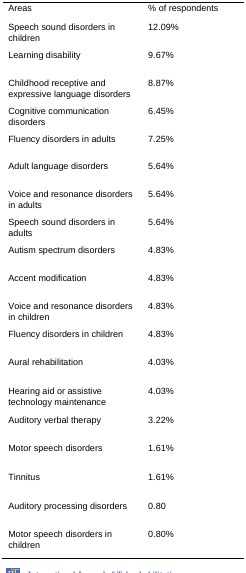
| Areas | % of respondents |
 | --- | --- |
 | Speech sound disorders in children | 12.09% |
 | Learning disability | 9.67% |
 | Childhood receptive and expressive language disorders | 8.87% |
 | Cognitive communication disorders | 6.45% |
 | Fluency disorders in adults | 7.25% |
 | Adult language disorders | 5.64% |
 | Voice and resonance disorders in adults | 5.64% |
 | Speech sound disorders in adults | 5.64% |
 | Autism spectrum disorders | 4.83% |
 | Accent modification | 4.83% |
 | Voice and resonance disorders in children | 4.83% |
 | Fluency disorders in children | 4.83% |
 | Aural rehabilitation | 4.03% |
 | Hearing aid or assistive technology maintenance | 4.03% |
 | Auditory verbal therapy | 3.22% |
 | Motor speech disorders | 1.61% |
 | Tinnitus | 1.61% |
 | Auditory processing disorders | 0.80 |
 | Motor speech disorders in children | 0.80% |